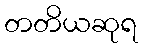
တတိယဆုရ